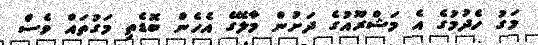
މަގު ހެދުމުގެ އެ މަޝްރޫއުގެ ދަށުން މާލޭގެ އެހެން ބޮޑެތި މަގުތައް ވެސް